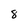
Character: 8